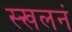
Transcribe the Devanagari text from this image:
स्खलनं